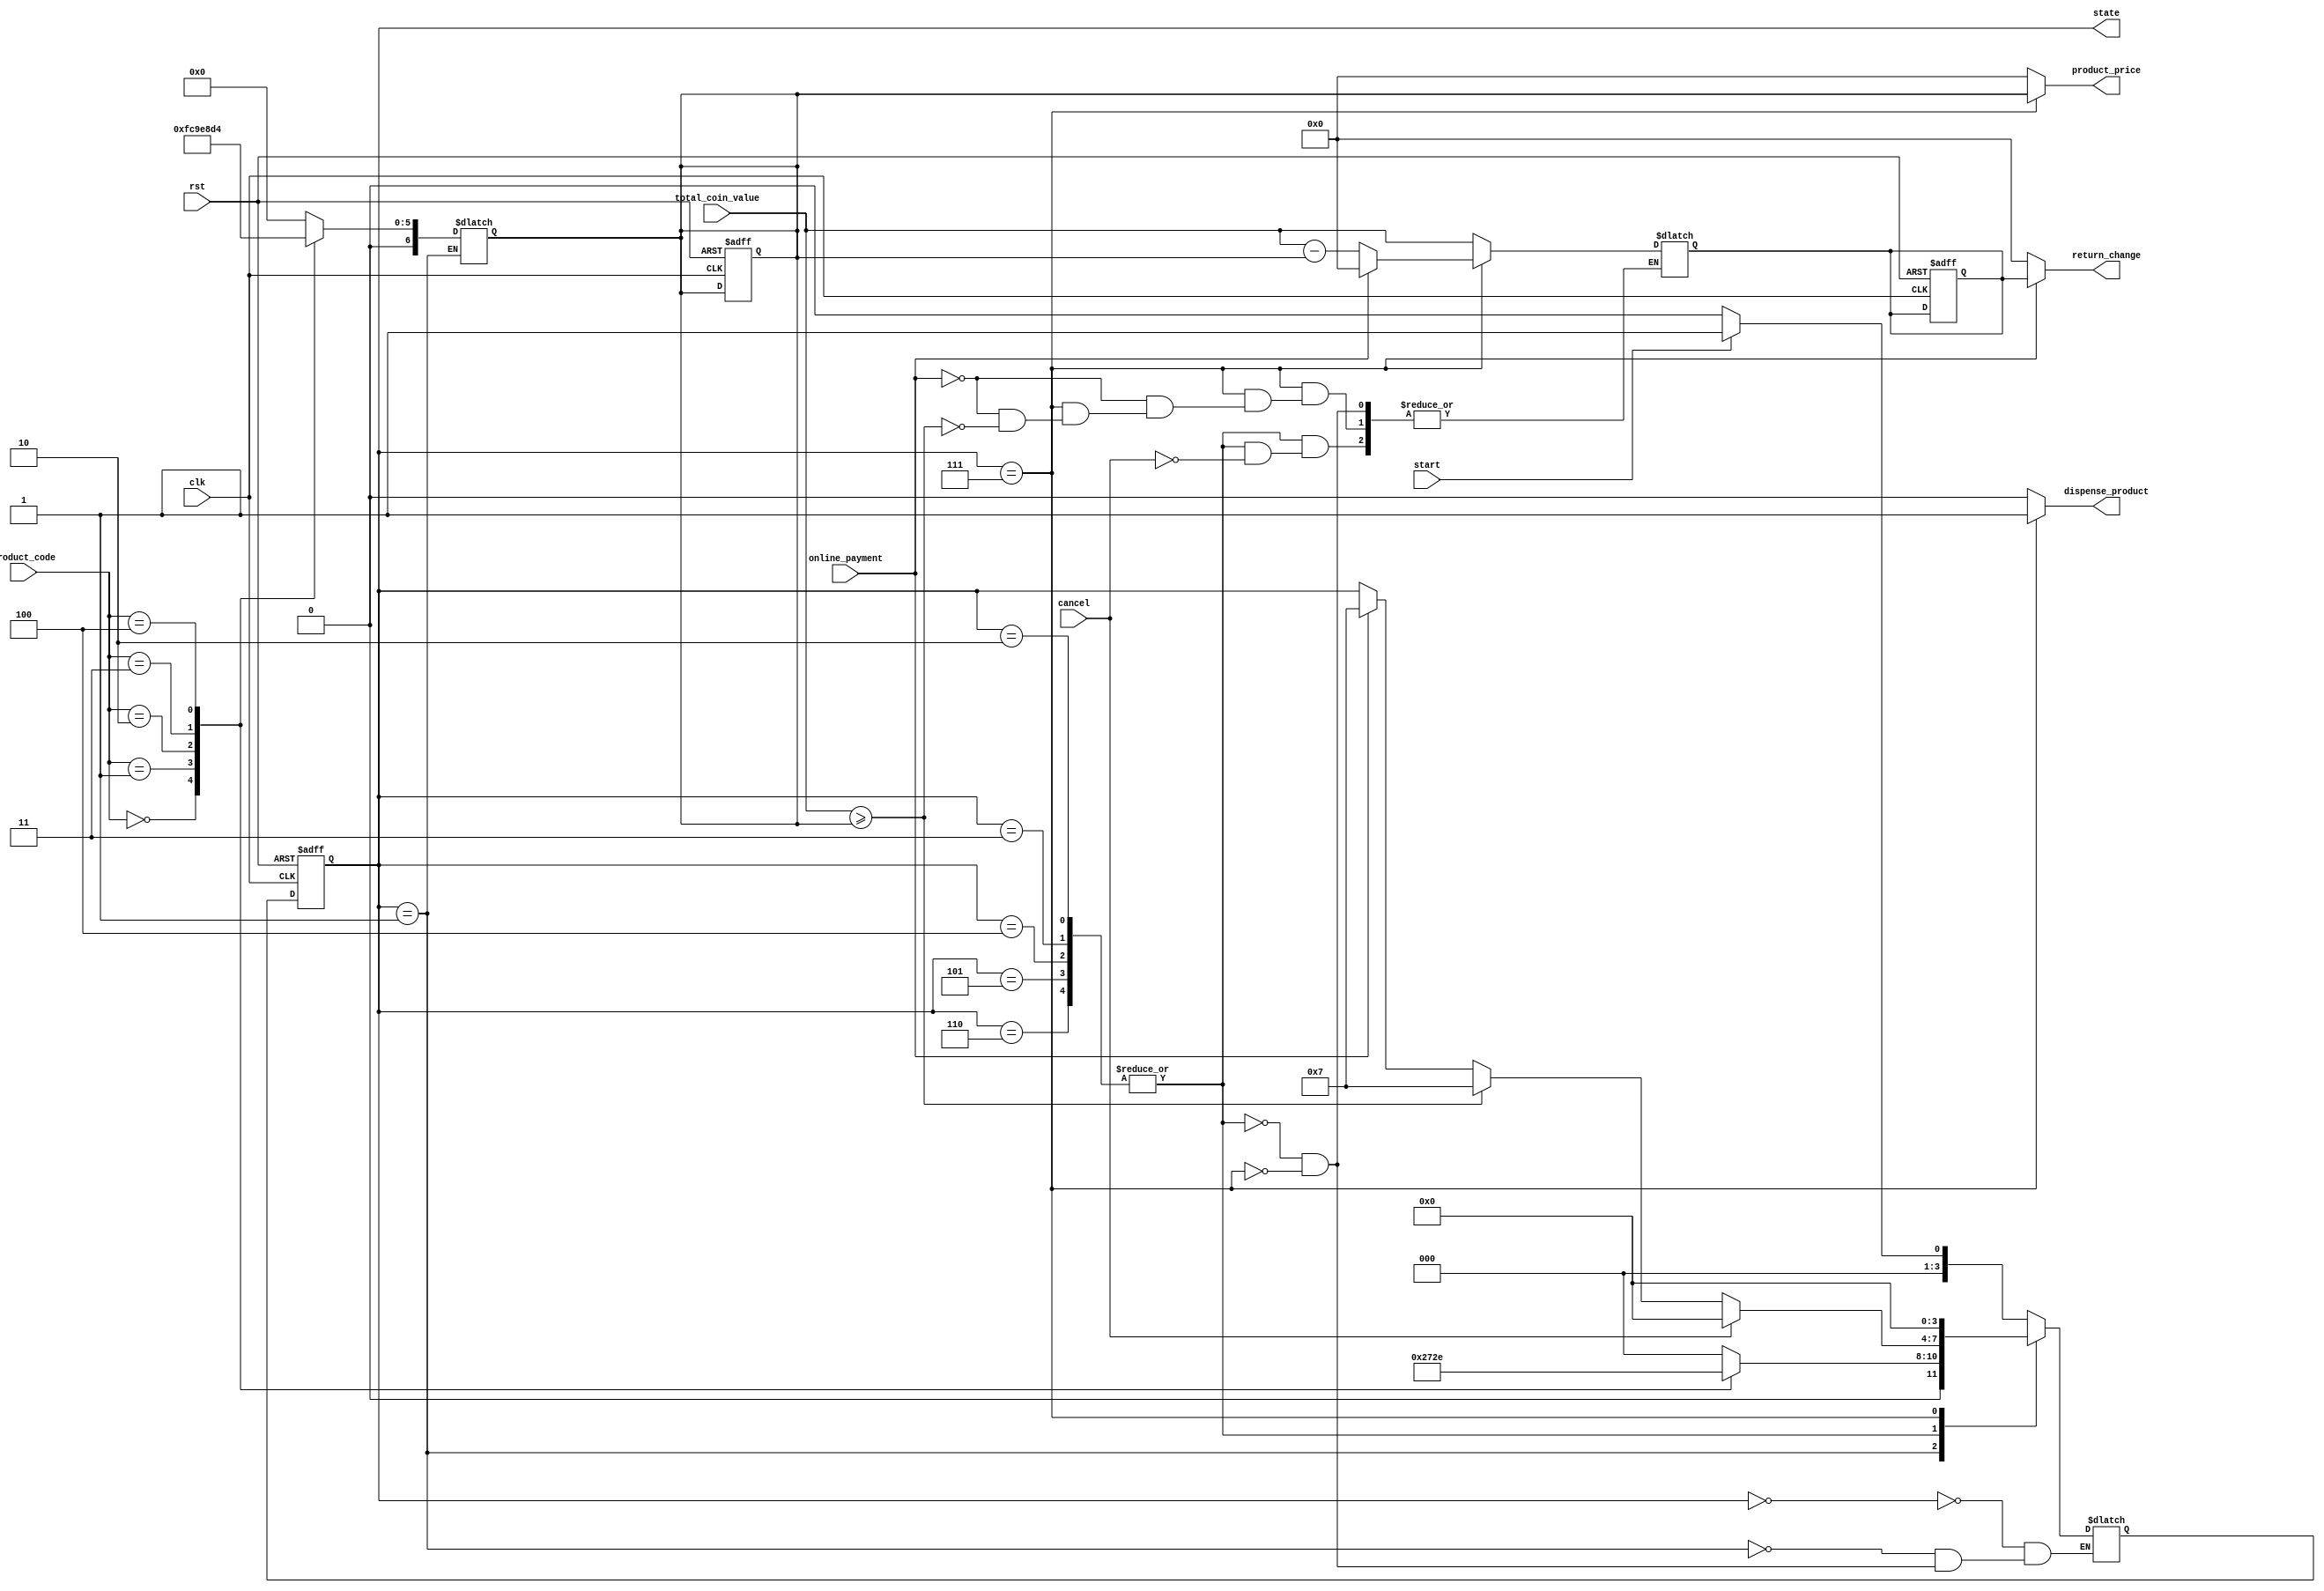
`timescale 1ns / 1ps
//////////////////////////////////////////////////////////////////////////////////
// Company: NIT Warangal
// 
// Design Name: 
// Module Name: Vending_Machine
// Project Name: Vending Machine Controller Using Verilog HDL
// Target Devices: 
// Tool Versions: 
// Description: 
// 
// Dependencies: 
// 
// Revision:
// Revision 0.01 - File Created
// Additional Comments:
// 
//////////////////////////////////////////////////////////////////////////////////

module VendingMachine(
    input clk,                    // Clock signal
    input rst,                    // Reset signal
    input [2:0] product_code,     // Product selection input signal
    input online_payment,         // Online payment signal
    input start,                  // Start signal
    input cancel,                 // Cancel signal
    input [6:0] total_coin_value, // Single coin input representing the total value of coins inserted

    output reg [3:0] state,               // Output signal to indicate the current state
    output reg dispense_product,         // Output signal to dispense the product
    output reg [6:0] return_change,      // Output signal to return the change
    output reg [6:0] product_price       // Output signal to indicate the price of the selected product
);

// Internal states of the vending machine
localparam IDLE_STATE = 4'b0000;
localparam SELECT_PRODUCT_STATE = 4'b0001;
localparam PEN_SELECTION_STATE = 4'b0010;
localparam NOTEBOOK_SELECTION_STATE = 4'b0011;
localparam COKE_SELECTION_STATE = 4'b0100;
localparam LAYS_SELECTION_STATE = 4'b0101;
localparam WATER_BOTTLE_SELECTION_STATE = 4'b0110;
localparam DISPENSE_AND_RETURN_STATE = 4'b0111;

// Parameters for product prices
parameter WATER_BOTTLE_PRICE = 7'd20;
parameter LAYS_PRICE = 7'd35;
parameter COKE_PRICE = 7'd30;
parameter PEN_PRICE = 7'd15;
parameter NOTEBOOK_PRICE = 7'd50;

// Internal signals
reg [3:0] current_state;
reg [3:0] next_state;
reg [6:0] product_price_reg;
reg [6:0] return_change_reg;

// Sequential State Registers
always @(posedge clk or posedge rst) begin
    if (rst) begin
        current_state <= IDLE_STATE;
        product_price_reg <= 0;
        return_change_reg <= 0;
    end else begin
        current_state <= next_state;
        product_price_reg <= product_price_reg; // No change during the same state
        return_change_reg <= return_change_reg; // No change during the same state
    end
end

// State transition logic
always @(*) begin
    case (current_state)
        IDLE_STATE: begin
            if (start)
                next_state = SELECT_PRODUCT_STATE;
            else if (cancel)
                next_state = IDLE_STATE;
            else 
                next_state = IDLE_STATE;
        end    
        SELECT_PRODUCT_STATE: begin
            case (product_code)
                3'b000: begin
                    next_state = PEN_SELECTION_STATE; // Pen is selected
                    product_price_reg = PEN_PRICE;
                end
                3'b001: begin
                    next_state = NOTEBOOK_SELECTION_STATE; // Notebook is selected
                    product_price_reg = NOTEBOOK_PRICE;
                end
                3'b010: begin
                    next_state = COKE_SELECTION_STATE; // Coke is Selected
                    product_price_reg = COKE_PRICE;
                end
                3'b011: begin
                    next_state = LAYS_SELECTION_STATE; // Lays is selected
                    product_price_reg = LAYS_PRICE;
                end
                3'b100: begin
                    next_state = WATER_BOTTLE_SELECTION_STATE; // Water bottle is selected
                    product_price_reg = WATER_BOTTLE_PRICE;
                end
                default: begin
                    next_state = IDLE_STATE; // Invalid product selection, go back to IDLE
                    product_price_reg = 0;
                end
            endcase
        end
        PEN_SELECTION_STATE, NOTEBOOK_SELECTION_STATE, COKE_SELECTION_STATE, LAYS_SELECTION_STATE, WATER_BOTTLE_SELECTION_STATE: begin
            if (cancel) begin 
                next_state = IDLE_STATE;
                return_change_reg = total_coin_value;
            end
            else if (total_coin_value >= product_price_reg)
                next_state = DISPENSE_AND_RETURN_STATE;
            else if (online_payment)
                next_state = DISPENSE_AND_RETURN_STATE;
            else
                next_state = current_state; // Stay in the current state until enough money or online payment
        end
        DISPENSE_AND_RETURN_STATE: begin
            next_state = IDLE_STATE;
            if (online_payment)
                return_change_reg = 0; // No return change in case of online payment
            else if (total_coin_value >= product_price_reg)
                return_change_reg = total_coin_value - product_price_reg;
        end
    endcase
end

// Output logic
always @(*) begin
    state = current_state;
    case (current_state)
        DISPENSE_AND_RETURN_STATE: begin
            dispense_product = 1;
            return_change = return_change_reg;
            product_price = product_price_reg;
        end
        default: begin
            dispense_product = 0;
            return_change = 0;
            product_price = 0; // Set to 0 when not in DISPENSE_AND_RETURN_STATE
        end
    endcase
end

endmodule